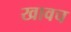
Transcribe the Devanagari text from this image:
खावच